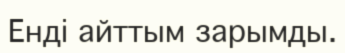
Енді айттым зарымды.